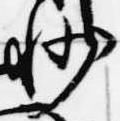
州